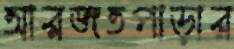
আরজতপাড়ার